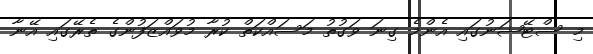
މި ސްޓޭޝަނުގައި އެންމެ ގިނަ ވަގުތު މަސައްކަތް ކުރާ މުވައްޒަފުންގެ ތެރޭގައި އޭނާ